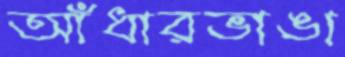
আঁধারভাঙা